Report on sanitation, dispensaries, and jails in Rajputana for 1915, and on vaccination for the year 1915-1916 - 1915-1916
Year: 1915
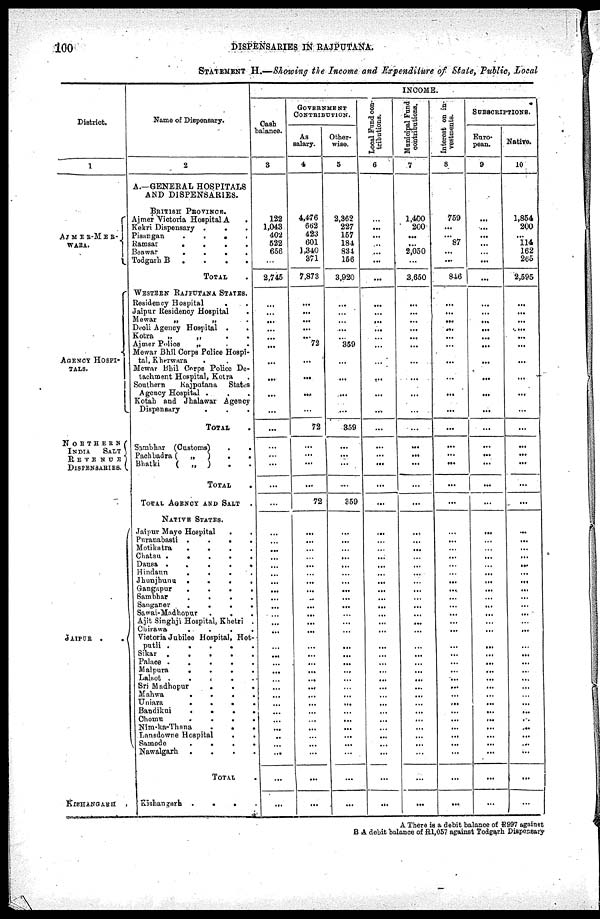
100
DISPENSARIES IN RAJPUTANA.
STATEMENT H.—Showing the Income and Expenditure of State, Public, Local
District.
1
AJMER-MER¬
WARA.
AGENCY HOSPI-
----.
NORTHERN
INDIA
SALT
REVNUE
DISPENSARIES.
JAIPUR .
.
KISHANGARH
Name of Dispensary.
2
A.-GENERAL HOSPITALS
AND DISPENSARIES.
BRITISH PROVINCE.
Ajmer Victoria Hospital A .
Kekri Dispensary. . .
Pisangan . . .
.
Ramsar . . .
.
Beawar . . . .
Todgarh B . . . .
TOTAL
WESTERN RAJPUTANA STATES.
Residency Hospital . .
Jaipur Residency Hospital .
Mewar
„
„ .
Deoli Agency Hospital . .
Kotra „
„
. .
Ajmer Police
„ . .
Mewar Bhil Corps Police Hospi-
tal, Kherwara. . .
Mewar Bhil Corps Police De-
tachment Hospital, Kotra .
Southern
Rajputana States
Agency Hospital . . .
Kotah and Jhalawar Agency
Dispensary.
.
.
TOTAL
Sambhar (Customs)
Pachbadra ( „ )
.
.
Bhatki
( „ )
.
TOTAL
TOTAL AGENCY AND SALT.
NATIVE STATES.
Jaipur Mayo Hospital . .
Puranabasti .
.
.
.
Motikatra.
.
.
.
Chatsu .
.
.
.
.
Dausa
.
.
.
.
Hindaun.
.
.
.
Jhunjhunu.
.
.
.
Gangapur.
.
. .
Sambhar
.
.
. .
Sanganer
.
.
.
.
Sawai-Madhopur
Ajit Singhji Hospital, Khetri .
Chirawa....
Victoria Jubilee Hospital, Hot-
putli
Sikar....
Palace
. . . .
Malpura
.
.
.
.
.
Lalsot
.
. . .
Sri Madhopur
.
.
.
Mahwa
.
.
.
.
Uniara....
Bandikui....
Chomu
...
Nim-ka-Thana
.
.
.
Lansdowne Hospital
. .
Samode....
Nawalgarh
.
. . .
TOTAL
Kishangarh
. . .
INCOME.
Cash
balance.
3
122
1,043
402
522
656
...
2,745
...
...
...
...
...
...
...
...
...
...
...
...
...
...
...
...
...
...
...
...
...
...
...
...
...
...
...
...
...
...
...
...
...
...
...
...
...
...
...
...
...
...
...
...
...
GOVERNMENT
CONTRIBUTION.
As
salary.
4
4,476
662
423
601
1,340
371
7,873
...
...
...
...
...
72
...
...
...
...
72
...
...
...
...
72
...
...
...
...
...
...
...
...
...
...
...
...
...
...
...
...
...
...
...
...
...
...
...
...
...
...
...
...
...
Other-
wise.
5
2,362
227
157
184
834
156
3,920
...
...
...
...
...
359
...
...
...
...
359
...
...
...
...
359
...
...
...
...
...
...
...
...
...
...
...
...
...
...
...
...
...
...
...
...
...
...
...
...
...
...
...
...
...
Local Fund con-
tributions.
6
...
...
...
...
...
...
...
...
...
...
...
...
...
...
...
...
...
...
...
...
...
...
...
...
...
...
...
...
...
...
...
...
...
...
...
...
...
...
...
...
...
...
...
...
...
...
...
...
...
...
...
...
Municipal Fund
contributions.
7
1,400
200
...
...
2,050
...
3,650
...
...
...
...
...
...
...
...
...
...
...
...
...
...
...
...
...
...
...
...
...
...
...
...
...
...
...
...
...
...
...
...
...
...
...
...
...
...
...
...
...
...
...
...
...
Interest on in-
vestments.
8
759
...
...
87
...
...
846
...
...
...
...
...
...
...
...
...
...
...
...
...
...
...
...
...
...
...
...
...
...
...
...
...
...
...
...
...
...
...
...
...
...
...
...
...
...
...
...
...
...
...
...
...
SUBSCRIPTIONS.
Euro-
pean.
9
...
...
...
...
...
...
...
...
...
...
...
...
...
...
...
...
...
...
...
...
...
...
...
...
...
...
...
...
...
...
...
...
...
...
...
...
...
...
...
...
...
...
...
...
...
...
...
...
...
...
...
...
Native.
10
1,854
200
...
114
162
265
2,595
...
...
...
...
...
...
...
...
...
...
...
...
...
...
...
...
...
...
...
...
...
...
...
...
...
...
...
...
...
...
...
...
...
...
...
...
...
...
...
...
...
...
...
...
...
A There is a debit balance of R997 against
B A debit balance of R1,057 against Todgarh Dispensary